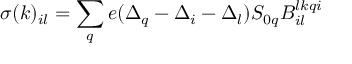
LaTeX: \sigma ( k ) _ { i l } = \sum _ { q } e ( \Delta _ { q } - \Delta _ { i } - \Delta _ { l } ) S _ { 0 q } B _ { i l } ^ { l k q i }